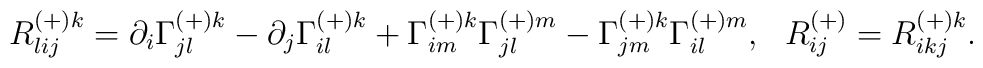
R^{(+)k}_{lij} = \partial_i \Gamma^{(+)k}_{jl} -\partial_j \Gamma^{(+)k}_{il}+\Gamma^{(+)k}_{im}\Gamma^{(+)m}_{jl} -\Gamma^{(+)k}_{jm}\Gamma^{(+)m}_{il},\ \ R^{(+)}_{ij} = R^{(+)k}_{ikj} .